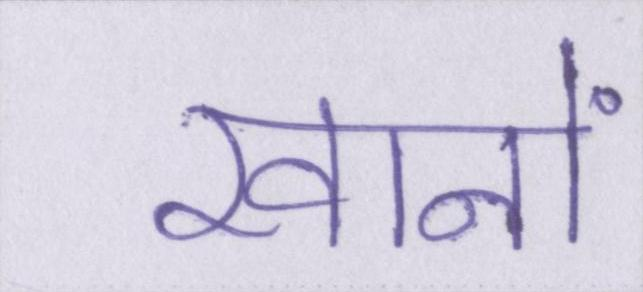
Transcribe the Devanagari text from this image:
खानों